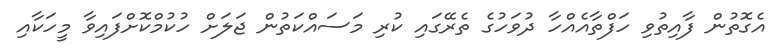
އެގޮތުން ފާއިތުވި ހަފްތާއެއްހާ ދުވަހުގެ ތެރޭގައި ކުރި މަސައްކަތުން ޖަލަށް ހުކުމްކޮށްފައިވާ މީހަކާއި